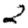
Digit: 2